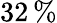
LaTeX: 32\, \%